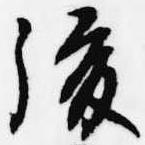
後